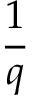
\frac { 1 } { q }